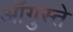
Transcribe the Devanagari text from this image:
ऑगुस्ते